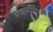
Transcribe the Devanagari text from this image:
मजल्यावरून